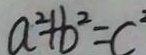
a ^ { 2 } + b ^ { 2 } = c ^ { 2 }